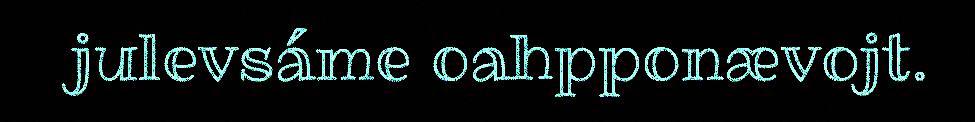
julevsáme oahpponævojt.